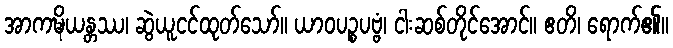
အာကဍ္ဎိယန္တဿ၊ ဆွဲယူငင်ထုတ်သော်။ ယာဝပဉ္စပဗ္ဗံ၊ ငါးဆစ်တိုင်အောင်။ ဧတိ၊ ရောက်၏။